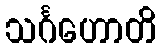
သင်္ဂဟောတိ